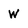
Character: W